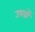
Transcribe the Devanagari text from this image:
उपग्रों